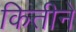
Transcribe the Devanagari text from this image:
कितीने